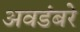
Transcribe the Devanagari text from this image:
अवडंबरे